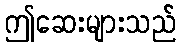
ဤဆေးများသည်